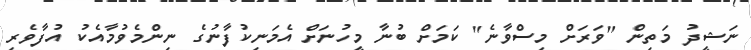
ނަޝީދު މަތިން "ވަރަށް މިސްވާނެ" ކަމަށް ބުނާ މީހުނަށް އެމަނިކުފާނުގެ ނިންމެވުމާއެެކު އުފާވެރި